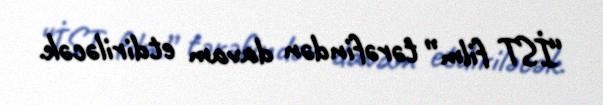
“İST film” tərəfindən davam etdiriləcək.